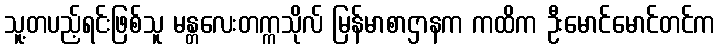
သူ့တပည့်ရင်းဖြစ်သူ မန္တလေးတက္ကသိုလ် မြန်မာစာဌာနက ကထိက ဦးမောင်မောင်တင်က